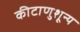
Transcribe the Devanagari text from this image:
कीटाणुशून्य